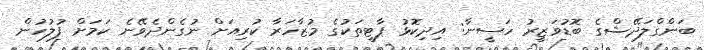
ބަންގްލަދޭޝްގެ ބޮޑުވަޒީރު ހަސީނާ: އިދިކޮޅު ޕާޓީތަކުގެ މުޒާހަރާ ކުރިއަށް ނުގެންދެވޭނެ ކަމަށް ފުލުހުން